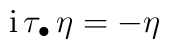
{\rm i} \, \tau_\bullet \, \eta = - \eta